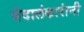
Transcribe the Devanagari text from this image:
वेदालंकारांनी